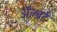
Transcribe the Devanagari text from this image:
ॲल्बर्ट